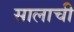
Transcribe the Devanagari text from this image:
सालाची